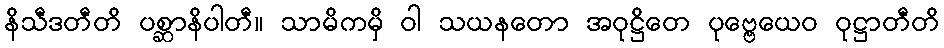
နိသီဒတီတိ ပစ္ဆာနိပါတီ။ သာမိကမှိ ဝါ သယနတော အဝုဋ္ဌိတေ ပုဗ္ဗေယေဝ ဝုဋ္ဌာတီတိ